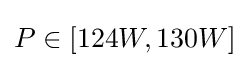
P\in [124W,130W]